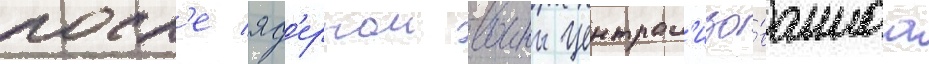
посл'е яд'ернои воины централ'изо́ваннаа